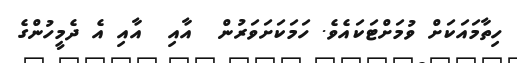
ހިތާމައަކަށް ވުމަށްޓަކައެވެ. ހަމަކަށަވަރުން  އާއި  އާއި އެ ދެމީހުންގެ